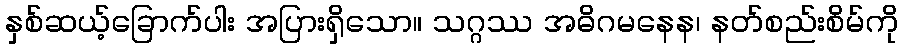
နှစ်ဆယ့်ခြောက်ပါး အပြားရှိသော။ သဂ္ဂဿ အဓိဂမနေန၊ နတ်စည်းစိမ်ကို